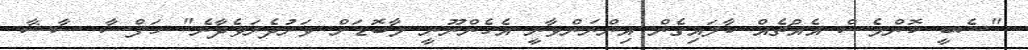
"ޝެބީ ކޮންމެސް އެއްޗެއް ކާލައިގެން އިންނަންވާނީ އެހެންނޫނީ މާބޮޑަށް ވަރުދެރަވެދާނެ" ހަފްސާ ސާޝާ